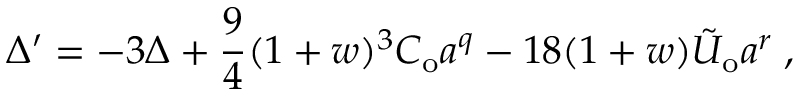
{ \Delta } ^ { \prime } = - 3 \Delta + \frac { 9 } { 4 } ( 1 + w ) ^ { 3 } C _ { \mathrm { o } } a ^ { q } - 1 8 ( 1 + w ) \tilde { U } _ { \mathrm { o } } a ^ { r } \; ,